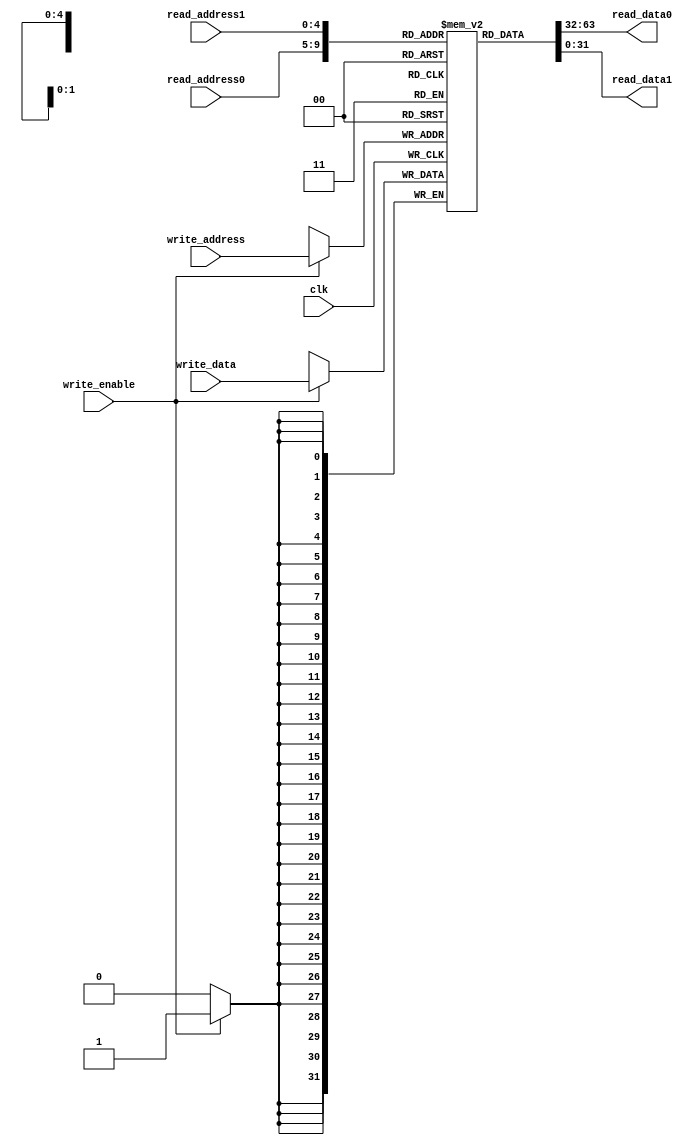
`timescale 1ns / 1ps

module register_file
(
	clk,	//clock
	read_address0,
	read_data0,
	read_address1,
	read_data1,
	write_address,
	write_data,
	write_enable
);

	input				clk;
    	input 		[4:0]		read_address0;
	input 		[4:0]		read_address1;
	input 		[4:0]		write_address;
	input		[31:0]		write_data;
	input 				write_enable;
	

    	output 	reg	[31:0] 	read_data0;
	output	reg	[31:0]	read_data1;
		
 
    	reg		[31:0] reg_file	[31:0];
	always@(*)
	begin
		read_data0 <= reg_file[read_address0];
		read_data1 <= reg_file[read_address1];
	end
	integer i;
	
	initial
	begin	
	    for(i = 0; i < 32; i = i+1)
		begin
	        reg_file[i] = 0;
		end
	end
	
    	always @(posedge clk)
	begin
		if (write_enable == 1'b1) begin
			reg_file[write_address] = write_data;
			//$display($time," Reg Address = %b\tReg Data = %b\n",write_address,reg_file[write_address]);
		end
	end
	
 endmodule